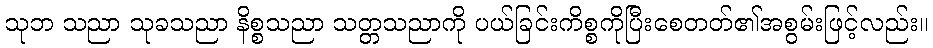
သုဘ သညာ သုခသညာ နိစ္စသညာ သတ္တသညာကို ပယ်ခြင်းကိစ္စကိုပြီးစေတတ်၏အစွမ်းဖြင့်လည်း။